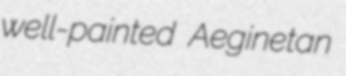
well-painted Aeginetan